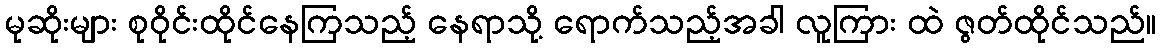
မုဆိုးများ စုဝိုင်းထိုင်နေကြသည့် နေရာသို့ ရောက်သည့်အခါ လူကြား ထဲ ဇွတ်ထိုင်သည်။